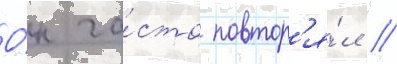
О́н ча́сто повтор'я́л /